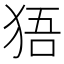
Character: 㹳